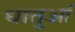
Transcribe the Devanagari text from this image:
धातुआं